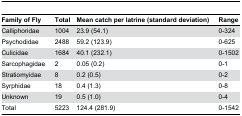
<table><thead><tr><td><b>Family of Fly</b></td><td><b>Total</b></td><td><b>Mean catch per latrine (standard deviation)</b></td><td><b>Range</b></td></tr></thead><tbody><tr><td>Calliphoridae</td><td>1004</td><td>23.9 (54.1)</td><td>0-324</td></tr><tr><td>Psychodidae</td><td>2488</td><td>59.2 (123.9)</td><td>0-625</td></tr><tr><td>Culicidae</td><td>1684</td><td>40.1 (232.1)</td><td>0-1502</td></tr><tr><td>Sarcophagidae</td><td>2</td><td>0.05 (0.2)</td><td>0-1</td></tr><tr><td>Stratiomyidae</td><td>8</td><td>0.2 (0.5)</td><td>0-2</td></tr><tr><td>Syrphidae</td><td>18</td><td>0.4 (1.3)</td><td>0-8</td></tr><tr><td>Unknown</td><td>19</td><td>0.5 (1.0)</td><td>0-4</td></tr><tr><td>Total</td><td>5223</td><td>124.4 (281.9)</td><td>0-1542</td></tr></tbody></table>